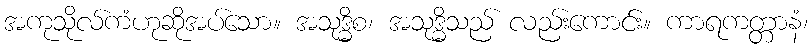
အကုသိုလ်ကံဟုဆိုအပ်သော။ အသုဒ္ဓိစ၊ အသုဒ္ဓိသည် လည်းကောင်း။ ကာရကတ္တာနံ၊